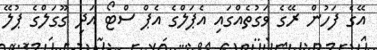
އޭގެ ފަހުން ރޭގެ ވަގުތެއްގައި އެޕަލްގެ އެޕް ސްޓޯ އަދި ގޫގަލްގެ ޕުލޭ